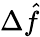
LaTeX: \Delta\hat{f}